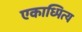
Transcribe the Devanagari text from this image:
एकाध्पित्य